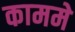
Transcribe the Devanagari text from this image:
काममे